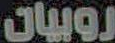
روبيان